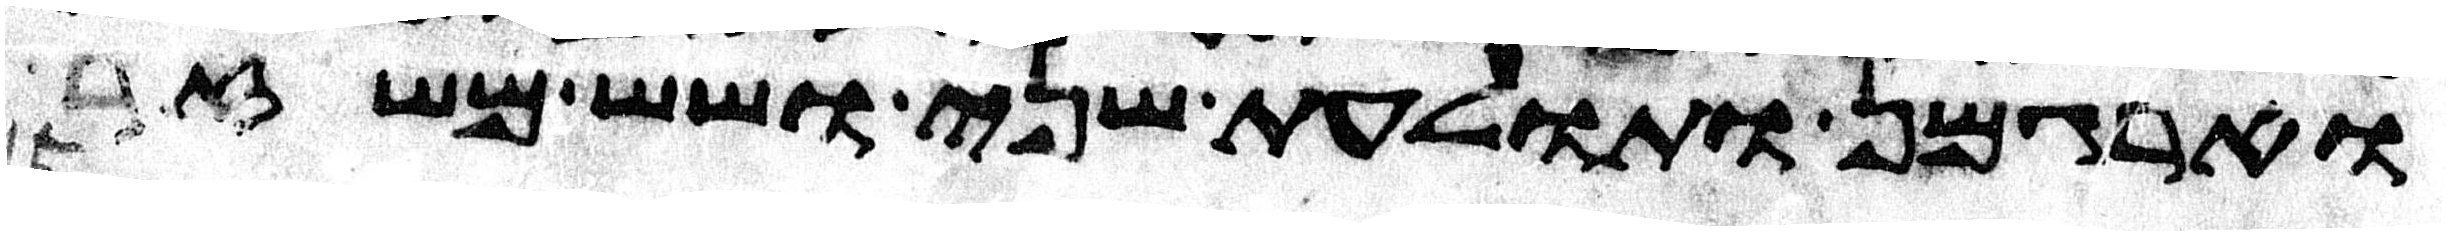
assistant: וארגמן ותולעת שני ושש משזר